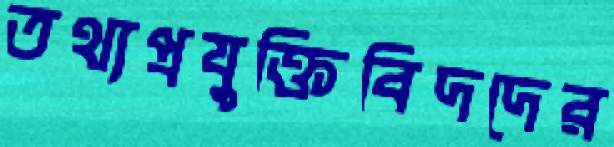
তথ্যপ্রযুক্তিবিদদের